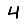
Digit: 4